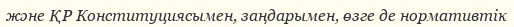
және ҚР Конституциясымен, заңдарымен, өзге де нормативтік